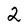
Character: 2